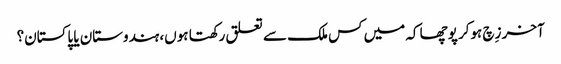
آخر زِچ ہوکر پوچھا کہ میں کس ملک سے تعلق رکھتا ہوں، ہندوستان یا پاکستان؟